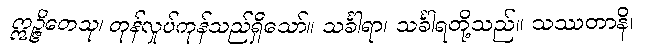
ဣဉ္ဇိတေသု၊ တုန်လှုပ်ကုန်သည်ရှိသော်။ သင်္ခါရာ၊ သင်္ခါရတို့သည်။ သဿတာနိ၊